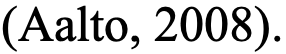
(Aalto, 2008).